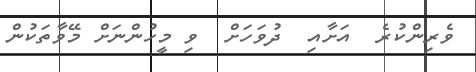
ވެރިންކުރެ  އަށާއި  ދުވަހަށް  ވި މީހުންނަށް މޭވާތަކުން